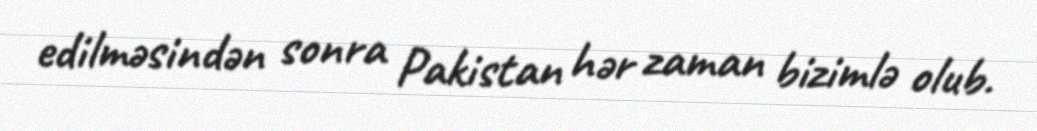
edilməsindən sonra Pakistan hər zaman bizimlə olub.